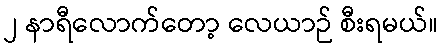
၂ နာရီလောက်တော့ လေယာဉ် စီးရမယ်။